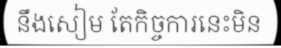
នឹងសៀម តែកិច្ចការនេះមិន